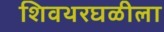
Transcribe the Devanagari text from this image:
शिवथरघळीला